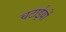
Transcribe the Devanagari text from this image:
चटाईयों